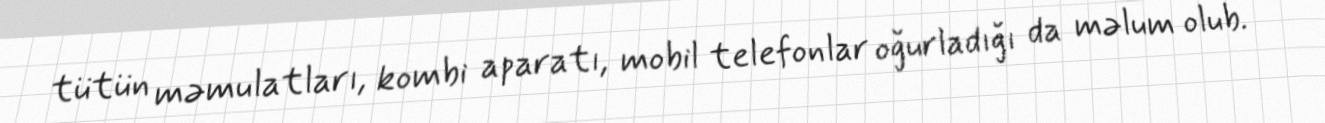
tütün məmulatları, kombi aparatı, mobil telefonlar oğurladığı da məlum olub.